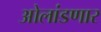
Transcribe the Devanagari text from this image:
ओलांडणार